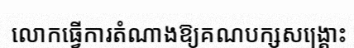
លោកធ្វើការតំណាងឱ្យគណបក្សសង្គ្រោះ